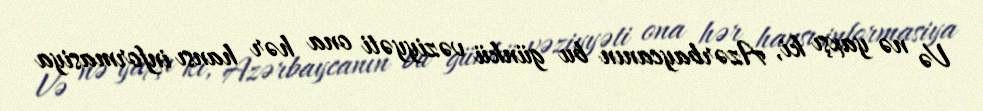
Və nə yaxşı ki, Azərbaycanın bu günkü vəziyyəti ona hər hansı informasiya